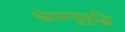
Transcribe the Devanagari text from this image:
श्वेताणुवृद्धि